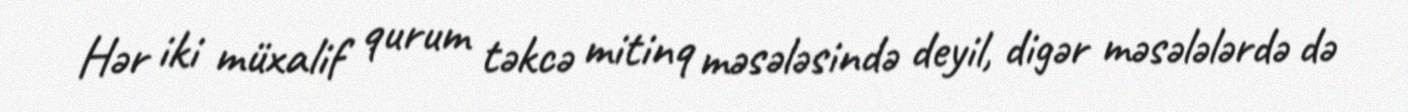
Hər iki müxalif qurum təkcə mitinq məsələsində deyil, digər məsələlərdə də